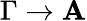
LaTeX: \Gamma\rightarrow\mathbf{A}